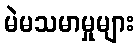
မဲမသမာမှုများ